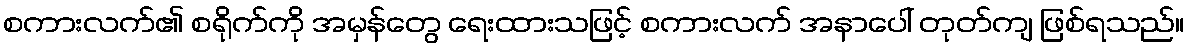
စကားလက်၏ စရိုက်ကို အမှန်တွေ ရေးထားသဖြင့် စကားလက် အနာပေါ် တုတ်ကျ ဖြစ်ရသည်။